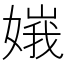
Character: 𡟶